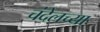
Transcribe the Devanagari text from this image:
चंदेलच्या